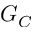
G _ { C }